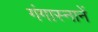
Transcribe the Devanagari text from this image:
गंगास्नानें